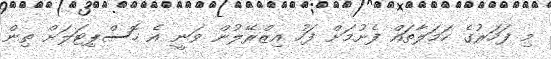
މި ފަހަރުގެ ހަމަލާތައް ފެށުމަށް ފަހު އިޒްރޭލުން ވަނީ އެ ހޮސްޕިޓަލަށް ތިން